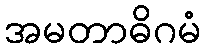
အမတာဓိဂမံ